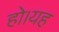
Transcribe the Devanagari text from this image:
हो।यह